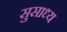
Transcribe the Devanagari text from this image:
सुसाध्‍य